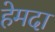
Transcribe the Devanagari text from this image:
हेमदा